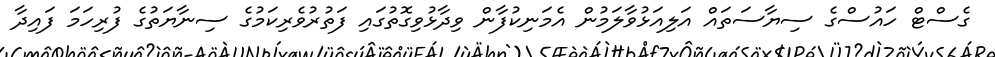
ގެސްޓް ހައުސްގެ ސިޔާސަތައް އަލިއަޅުވާލަމުން އެމަނިކުފާން ވިދާޅުވިގޮތުގައި ފަތުރުވެރިކަމުގެ ސިނާޔަތުގެ ފުރިހަމަ ފައިދާ